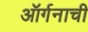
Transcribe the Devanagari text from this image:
ऑर्गनाची